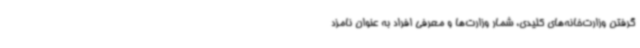
گرفتن وزارت‌خانه‌های کلیدی، شمار وزارت‌ها و معرفی افراد به عنوان نامزد